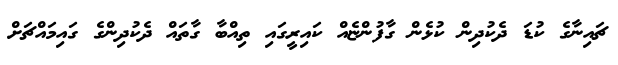
ޗައިނާގެ ކުޑަ ދެކުދިން ކުޅެން ގާފުންޏެއް ކައިރީގައި ތިއްބާ ގާތައް ދެކުދިންގެ ގައިމައްޗަށް